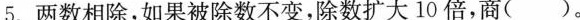
5.两数相除，如果被除数不变，除数扩大10倍，商( )。